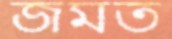
জমত